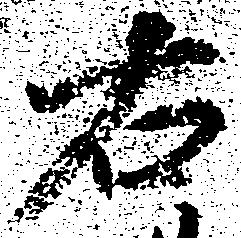
右